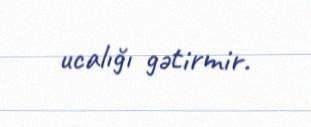
ucalığı gətirmir.